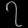
Digit: ၇